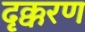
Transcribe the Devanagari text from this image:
दृक्करण